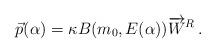
LaTeX: \begin{align*}\vec{p}(\alpha) = \kappa B( m_0 ,E(\alpha)) \overrightarrow{W}^R\,.\end{align*}